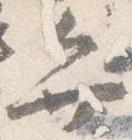
弁